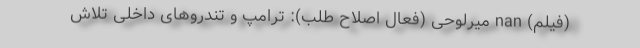
(فیلم) nan ميرلوحى (فعال اصلاح طلب): ترامپ و تندروهاى داخلى تلاش